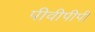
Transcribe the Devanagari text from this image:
पीवीपीपी